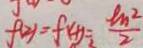
f ( 2 ) = f ( 4 ) = \frac { l m ^ { 2 } } { 2 }